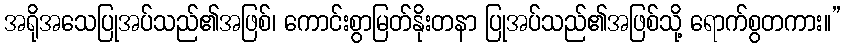
အရိုအသေပြုအပ်သည်၏အဖြစ်၊ ကောင်းစွာမြတ်နိုးတနာ ပြုအပ်သည်၏အဖြစ်သို့ ရောက်စွတကား။”